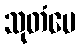
သုတံပေ